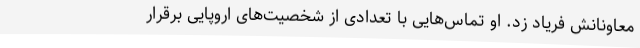
معاونانش فریاد زد. او تماس‌هایی با تعدادی از شخصیت‌های اروپایی برقرار